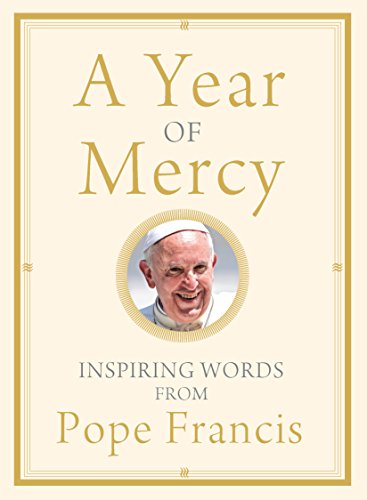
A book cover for A Year of Mercy: Inspiring Words from Pope Francis; Pope Francis; Christian Books & Bibles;